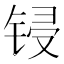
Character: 锓